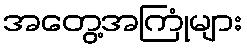
အတွေ့အကြုံများ